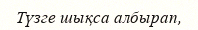
Түзге шықса албырап,